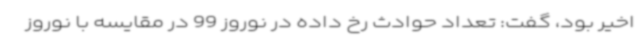
اخیر بود، گفت: تعداد حوادث رخ داده در نوروز 99 در مقایسه با نوروز